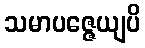
သမာပဇ္ဇေယျပိ